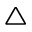
\triangle